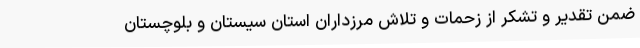
ضمن تقدیر و تشکر از زحمات و تلاش مرزداران استان سیستان و بلوچستان